Civil Veterinary Department. United Provinces 1912-22 - 1912-1922
Year: 1912
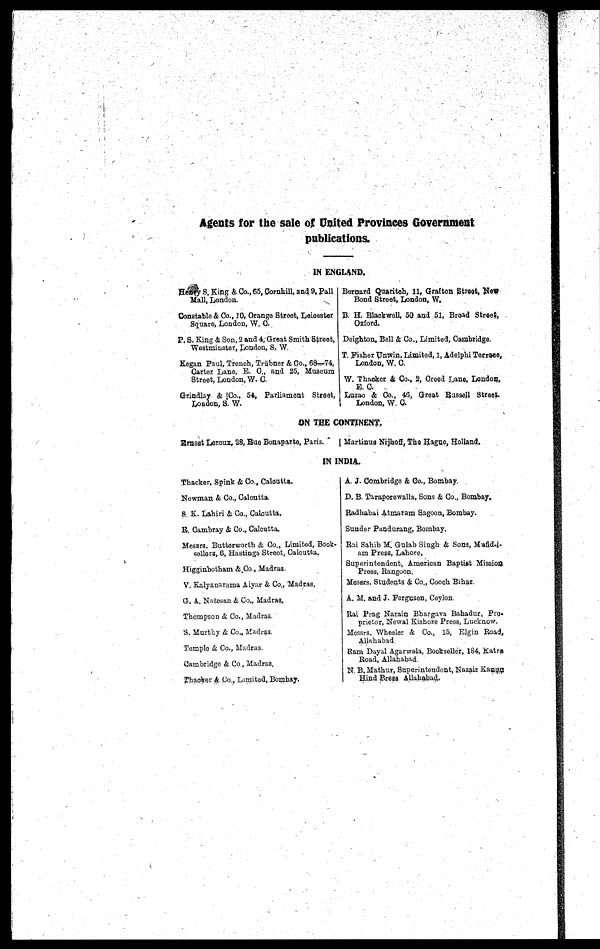
Agents for the sale of United Provinces Government
publications.
IN ENGLAND.
Heney S. King & Co., 65, Cornhill, and 9, Pall
Mall, London.
Constable & Co., 10, Orange Street, Leicester
Square, London, W. 0.
P. S. King & Son, 2 and 4, Great Smith Street,
Westminster, London, S. W.
Kegan Paul, Trench, Trübner & Co., 68—74,
Carter Lane, E. O., and 25, Museum
Street, London, W. C.
Grindlay & Co., 54, Parliament Street,
Loadon, S. W.
Bernard Quaritch, 11, Grafton Street, New
Bond Street, London, W.
B. H. Blackwell, 50 and 51, Broad Street ,
Oxford.
Deighton, Bell & Co., Limited, Cambridge.
T. Fisher Unwin, Limited, 1, Adelphi Terrace,
London, W. C.
W. Thacker & Co., 2, Creed Lane, London,
E. C.
Luzao & Co., 46, Great Russell Street.
London, W. C
ON THE CONTINENT,
Ernest Leroux, 28, Rue Bonaparte, Paris.
Martinus Nrjhoff, The Hague, Holland.
IN INDIA.
Thacker, Spink & Co., Calcutta.
Newman & Co., Calcutta.
S. K. Lahiri & Co., Calcutta.
R. Cambray & Co., Calcutta.
Messrs. Butterworth & Co., Limited, Book-
Sellers, 6, Hastings Street, Calcutta.
Higginbotham & Co., Madras.
V. Kalyanarama Aiyar & Co, Madras.
G. A. Natesan & Co., Madras.
Thompson & Co., Madras.
S. Murthy & Co., Madras.
Temple & Co., Madras.
Cambridge & Co., Madras.
Thacker & Co.. Limited, Bombay.
A. J. Combridge & Co., Bombay.
D. B. Taraporewalla, Sons & Co., Bombay.
Radhabai Atmaram Sagoon, Bombay.
Sunder Pandurang, Bombay.
Rai Sahib M. Gulab Singh & Sons, Mufld.i.
am Press, Lahore.
Superintendent, American Baptist Mission
Press, Rangoon.
Messrs. Students & Co., Coach Bihar.
A. M. and J. Ferguson, Ceylon.
Rai Prag Narain Bhargava Bahadur, Pro.
prietor, Newal Kishore Press, Lucknow.
Messrs. Wheeler & Co., 15, Elgin Road,
Allahabad
Ram Dayal Agarwala, Bookseller, 184, Katra
Road, Allahabad.
N. B. Mathur, Superintendent, Nazair Kanua
Hind Press Allahabad.